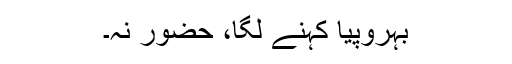
بہروپیا کہنے لگا، حضور نہ۔